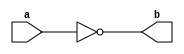
module NotGate(a,b) ;   // 1

output b ;
input a ;

nand(b,a,a) ;

endmodule 

module NotGate16(a,b) ; // 7 

output [0:15] b ;
input [0:15] a ;

NotGate N_1[0:15](a,b);

endmodule